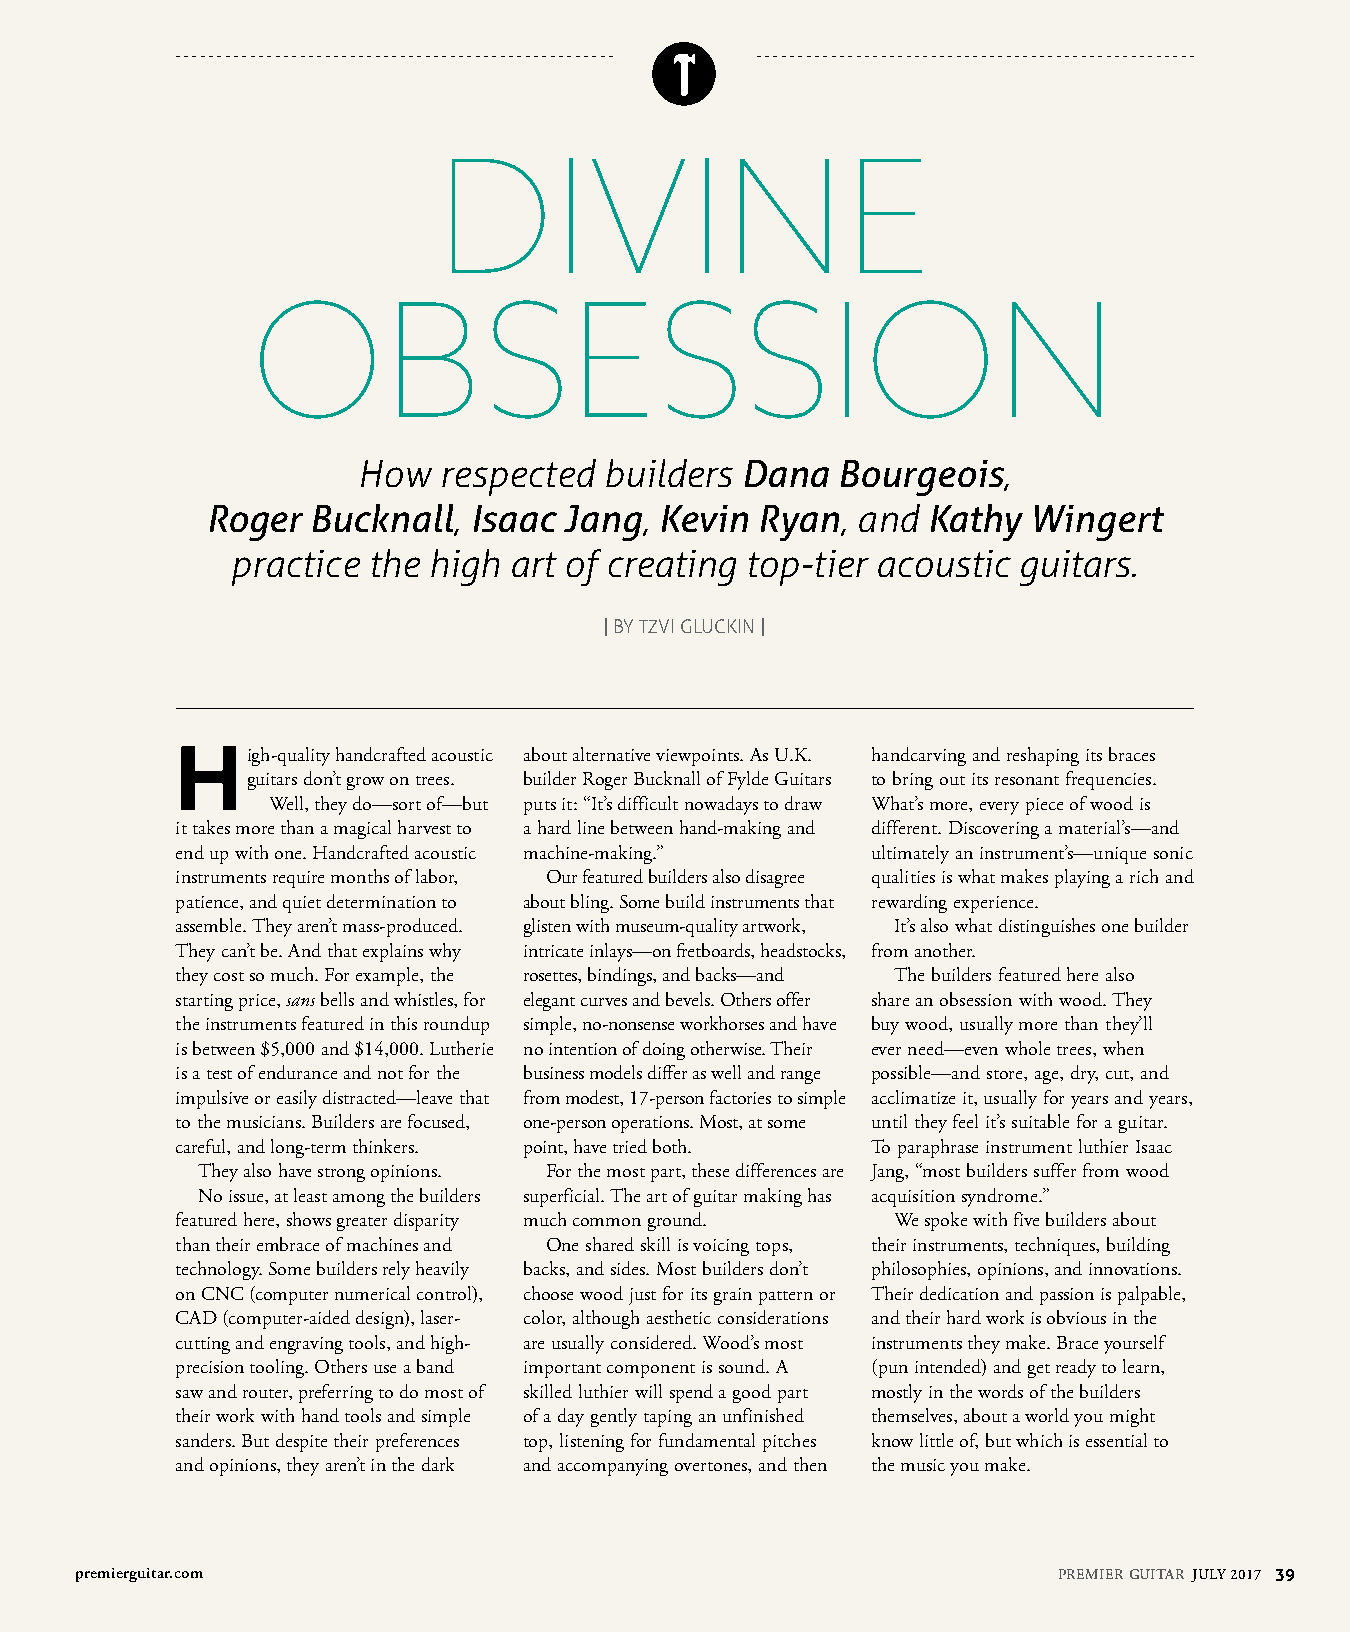
DIVINE
 OBSESSION
 How  respected  builders Dana   Bourgeois,
 Roger  Bucknall, Isaac Jang,  Kevin Ryan,  and Kathy  Wingert
 practice the high  art of creating top-tier acoustic guitars.
 | BY TZVI GLUCKIN |
 High-quality handcrafted acoustic about alternative viewpoints. As U.K. handcarving and reshaping its braces
 guitars don’t grow on trees. builder Roger Bucknall of Fylde Guitars to bring out its resonant frequencies.
 Well, they do—sort of—but puts it: “It’s difficult nowadays to draw What’s more, every piece of wood is
 it takes more than a magical harvest to a hard line between hand-making and different. Discovering a material’s—and
 end up with one. Handcrafted acoustic machine-making.” ultimately an instrument’s—unique sonic
 instruments require months of labor, Our featured builders also disagree qualities is what makes playing a rich and
 patience, and quiet determination to about bling. Some build instruments that rewarding experience.
 assemble. They aren’t mass-produced. glisten with museum-quality artwork, It’s also what distinguishes one builder
 They can’t be. And that explains why intricate inlays—on fretboards, headstocks, from another.
 they cost so much. For example, the rosettes, bindings, and backs—and The builders featured here also
 starting price, sans bells and whistles, for elegant curves and bevels. Others offer share an obsession with wood. They
 the instruments featured in this roundup simple, no-nonsense workhorses and have buy wood, usually more than they’ll
 is between $5,000 and $14,000. Lutherie no intention of doing otherwise. Their ever need—even whole trees, when
 is a test of endurance and not for the business models differ as well and range possible—and store, age, dry, cut, and
 impulsive or easily distracted—leave that from modest, 17-person factories to simple acclimatize it, usually for years and years,
 to the musicians. Builders are focused, one-person operations. Most, at some until they feel it’s suitable for a guitar.
 careful, and long-term thinkers. point, have tried both. To paraphrase instrument luthier Isaac
 They also have strong opinions. For the most part, these differences are Jang, “most builders suffer from wood
 No issue, at least among the builders superficial. The art of guitar making has acquisition syndrome.”
 featured here, shows greater disparity much common ground. We spoke with five builders about
 than their embrace of machines and One shared skill is voicing tops, their instruments, techniques, building
 technology. Some builders rely heavily backs, and sides. Most builders don’t philosophies, opinions, and innovations.
 on CNC (computer numerical control), choose wood just for its grain pattern or Their dedication and passion is palpable,
 CAD (computer-aided design), laser- color, although aesthetic considerations and their hard work is obvious in the
 cutting and engraving tools, and high- are usually considered. Wood’s most instruments they make. Brace yourself
 precision tooling. Others use a band important component is sound. A (pun intended) and get ready to learn,
 saw and router, preferring to do most of skilled luthier will spend a good part mostly in the words of the builders
 their work with hand tools and simple of a day gently taping an unfinished themselves, about a world you might
 sanders. But despite their preferences top, listening for fundamental pitches know little of, but which is essential to
 and opinions, they aren’t in the dark and accompanying overtones, and then the music you make.
 premierguitar.com                                                PREMIER GUITAR JULY 2017 39